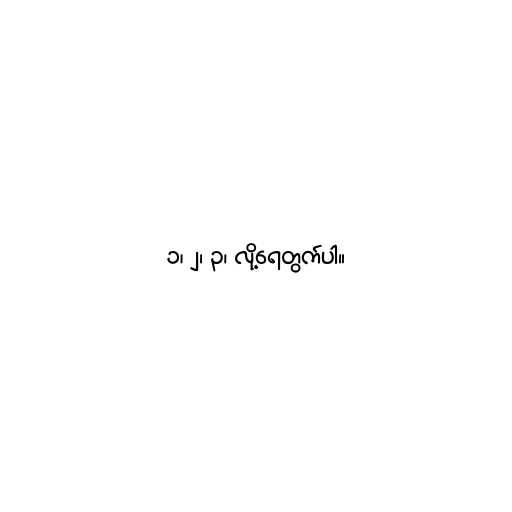
၁၊ ၂၊ ၃၊ လို့ရေတွက်ပါ။